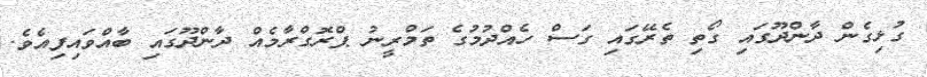
ގުޅިގެން ދާންދޫގައި ގޯތި ތެރޭގައި ގަސް ހެއްދުމުގެ ތަމްރީނު ޕްރޮގްރާމެއް ދާންދޫގައި ބާއްވައިފިއެވެ.